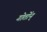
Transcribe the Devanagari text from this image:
गोर्तोन्